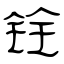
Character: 铨